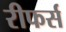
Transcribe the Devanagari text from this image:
रीफर्स